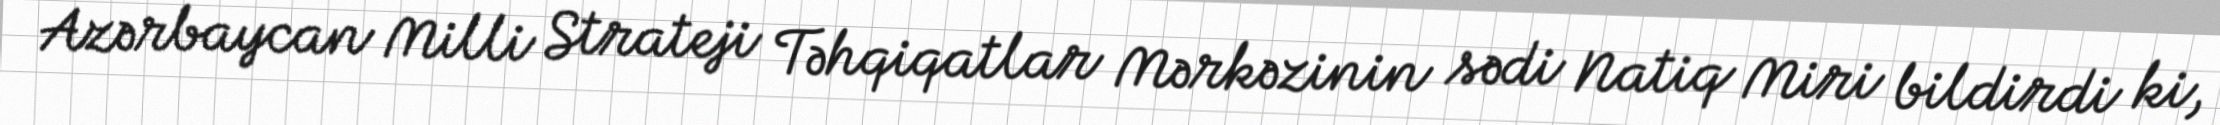
Azərbaycan Milli Strateji Təhqiqatlar Mərkəzinin sədi Natiq Miri bildirdi ki,